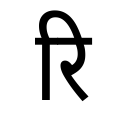
OCR:
रि